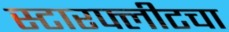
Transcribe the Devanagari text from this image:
स्टारफ्लीटचा